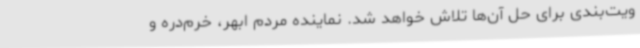
ویت‌بندی برای حل آن‌ها تلاش خواهد شد. نماینده مردم ابهر، خرم‌دره و